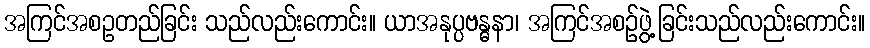
အကြင်အစဥတည်ခြင်း သည်လည်းကောင်း။ ယာအနုပ္ပဗန္ဓနာ၊ အကြင်အစဉ်ဖွဲ့ခြင်းသည်လည်းကောင်း။